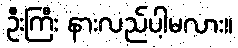
ဦးကြီး နားလည်ပါ့မလား။